Annual administration report of the Civil Veterinary Department of India - 1894-1895
Year: 1894
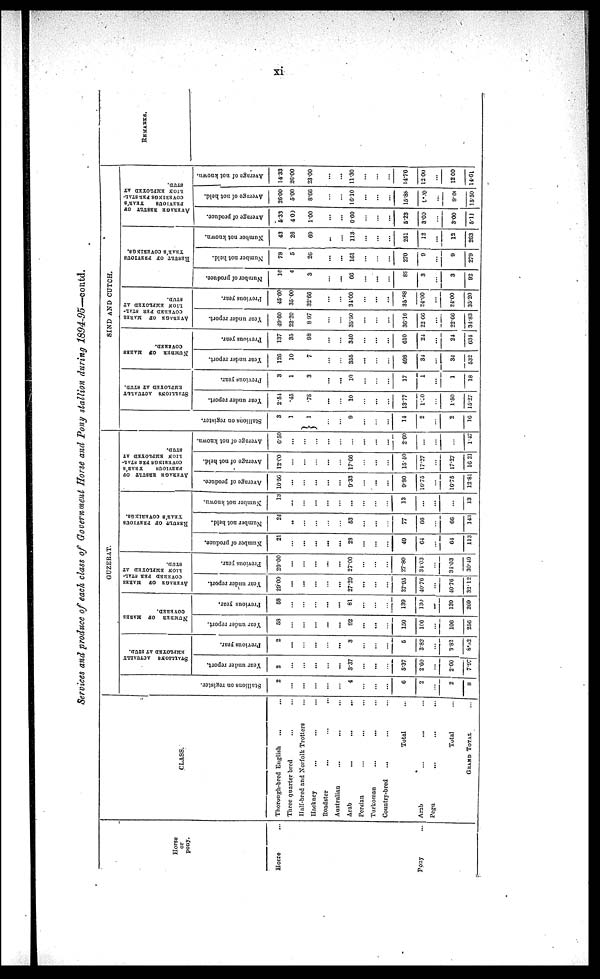
xi
Services and produce of each class of Government Horse and Pony stallion during
1894-95—contd.
Horse
or
pony.
Horse ...
Pony ...
CLASS.
Thorough-bred English ... ...
Three quarter bred ... ...
Half-bred and Norfolk Trotters ...
Hackney ... ... …
Roadster ... ... …
Australian ... ... …
Arab
...
...
...
Persian ... ... …
Turkoman
...
...
…
Country-bred ... ... …
Total ...
Arab ... ... …
Pegu
...
...
…
Total ...
GRAND TOTAL ...
GUZERAT.
St al l
i
ons on register.
2
…
…
4
6
2
...
2
8
STALLINS ACTUALLY
EMPLOYED AT STUD.
Year under report.
2
...
…
...
...
...
3.37
...
...
...
5.37
2.60
...
2.60
7.97
Previous year.
2
...
…
...
...
...
3
...
...
...
5
382
...
3.82
8.32
NUMBER
OF
MARES
COVERED.
Year under report.
58
…
…
...
...
92
…
...
…
150
106
…
106
256
Previous year.
58
…
…
...
...
81
…
…
…
139
130
…
130
269
AVERAGE
OF
MARES
COVERED
PER STAL-
LION EMPLOYED AT
STUD.
Year under report.
29.00
...
…
...
…
...
27.20
...
…
…
27.95
40.76
…
40.76
32.12
Previous year.
29.00
…
…
...
…
27.00
…
…
…
27.80
34.03
…
34.03
30.49
RESULT OF PREVIOUS
YEAR'S COVERINGS.
Number of produce.
21
…
...
...
...
23
…
...
…
49
64
…
64
113
Number not held.
24
..
…
…
…
…
53
…
…
…
77
66
…
66
143
Number not known.
13
…
…
…
…
…
…
…
…
13
…
…
…
13
AVERAGE
RESULT OF
PREVIOUS
YEAR'S
COVERINGS PER STAL-
LION EMPLOYED AT
STUD.
Average of produce.
10.56
...
…
...
…
…
9.33
...
…
9.80
16.75
…
16.75
12.81
Average of not held.
12.00
...
…
...
...
...
17.66
...
...
...
15.40
17.27
...
17.27
16.21
Average of not known.
6.50
…
…
…
…
…
…
…
…
…
2.60
…
…
…
1.47
SIND AND CUTCH.
Stallions on register.
3
1
1
…
…
9
…
…
…
14
2
…
2
16
STALLIONS ACTUALLY
EMPLOYED
AT STUD.
Year under report.
2.54
.45
.78
...
…
10
…
...
…
13.77
1.00
…
1.50
15.27
Previous year.
3
1
3
...
...
10
…
…
…
17
1
…
1
18
NUMBER
OF
MARES
COVERED.
Year under report.
126
10
7
…
…
355
...
…
…
498
34
...
34
532
Previous year.
137
35
98
…
…
340
...
...
...
610
24
...
24
634
AVERAGE
OF
MARES
COVERED
PER STAL-
LION EMPLOYED AT
STUD.
Year under report.
49.60
22.20
8.97
…
…
35.50
…
…
…
36.16
22.66
…
2266
34.83
Previous year.
45.60
35.00
32.68
…
…
34.00
…
…
...
35.88
24.00
…
24.00
35.20
RESULT OF PREVIOUS
YEAR'S COVERINGS.
Number of produce.
16
4
3
…
...
66
…
...
…
89
3
…
3
92
Number not held.
78
5
20
…
…
161
…
…
…
270
9
…
9
279
Number not known.
43
26
69
...
…
113
...
…
…
251
12
…
12
263
AVERAGE
RESULT OF
PREVIOUS
YEAR'S
COVERINGS PER STAL-
LION EMPLOYED AT
STUD.
Average of produce.
5.33
4 00
1.00
…
...
6.60
…
…
…
5.23
3.00
…
3.00
5.11
Average of not hold.
26.00
600
8.66
…
…
16.10
…
…
…
15.88
9.00
…
9.00
15.50
Average of not known.
14.33
26.00
23.00
…
...
11.30
…
…
…
14.76
12.00
…
12 00
14.61
REMARKS.